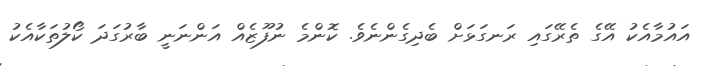
އައުމާއެކު އޭގެ ތެރޭގައި ރަނގަޅަށް ބެދިގެންނެވެ. ކޮންމެ ނުފޫޒެއް އަންނަނީ ބާރުގަދަ ކޯލުތަކާއެކު